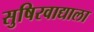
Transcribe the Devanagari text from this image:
सुषिरवाद्याला